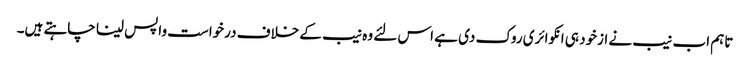
تاہم اب نیب نے ازخود ہی انکوائری روک دی ہے اس لئے وہ نیب کے خلاف درخواست واپس لینا چاہتے ہیں۔